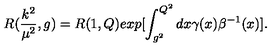
R ( \frac { k ^ { 2 } } { { \mu } ^ { 2 } } , g ) = R ( 1 , Q ) e x p [ \int _ { g ^ { 2 } } ^ { Q ^ { 2 } } d x \gamma ( x ) { \beta } ^ { - 1 } ( x ) ] .